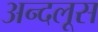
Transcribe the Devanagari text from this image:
अन्दलूस